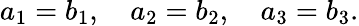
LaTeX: a_{1}=b_{1},\quad a_{2}=b_{2},\quad a_{3}=b_{3}.